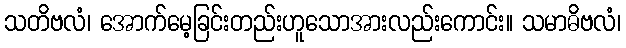
သတိဗလံ၊ အောက်မေ့ခြင်းတည်းဟူသောအားလည်းကောင်း။ သမာဓိဗလံ၊